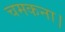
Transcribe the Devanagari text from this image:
चमकना।